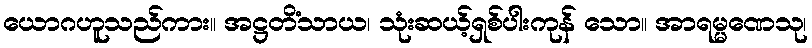
ယောဂဟူသည်ကား။ အဋ္ဌတိံသာယ၊ သုံးဆယ့်ရှစ်ပါးကုန် သော။ အာရမ္မဏေသု၊